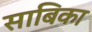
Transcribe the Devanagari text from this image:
साबिका